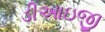
ડીઆઇજી